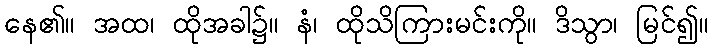
နေ၏။ အထ၊ ထိုအခါ၌။ နံ၊ ထိုသိကြားမင်းကို။ ဒိသွာ၊ မြင်၍။